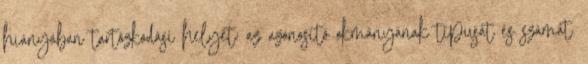
hiányában tartózkodási helyét; az azonosító okmányának típusát és számát.